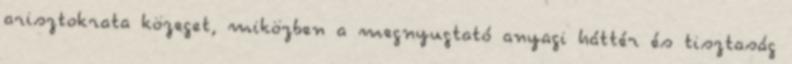
arisztokrata közeget, miközben a megnyugtató anyagi háttér és tisztaság